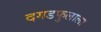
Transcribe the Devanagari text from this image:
दगडफुलाला